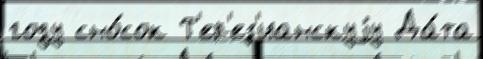
году сно́сок Т'ер'ез'ианскуjу Да́та